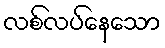
လစ်လပ်နေသော